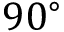
9 0 ^ { \circ }